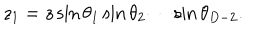
LaTeX: z _ { 1 } = z \sin \theta _ { 1 } \sin \theta _ { 2 } \cdots \sin \theta _ { D - 2 } .